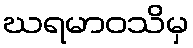
ဃရမာဝသိမှ